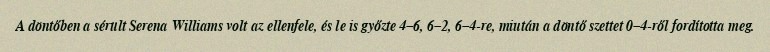
A döntőben a sérült Serena Williams volt az ellenfele, és le is győzte 4–6, 6–2, 6–4-re, miután a döntő szettet 0–4-ről fordította meg.